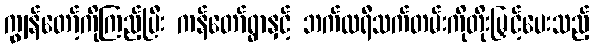
ကျွန်တော့်ကိုကြည့်ပြီး ကန်တော်ရွာနှင့် ဘက်ထရီသက်တမ်းကိုတိုးမြှင့်ပေးသည့်